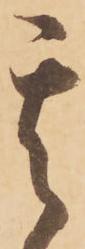
其